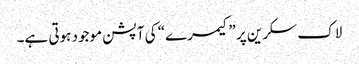
لاک سکرین پر ”کیمرے“ کی آپشن موجود ہوتی ہے۔